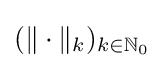
(\|\cdot \|_{k})_{k\in \mathbb {N} _{0}}